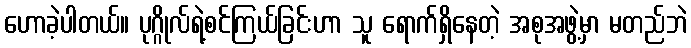
ဟောခဲ့ပါတယ်။ ပုဂ္ဂိုလ်ရဲ့စင်ကြယ်ခြင်းဟာ သူ ရောက်ရှိနေတဲ့ အစုအဖွဲ့မှာ မတည်ဘဲ